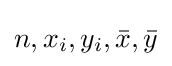
n,x_{i},y_{i},{\bar {x}},{\bar {y}}